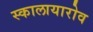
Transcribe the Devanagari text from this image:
स्कालायारोव